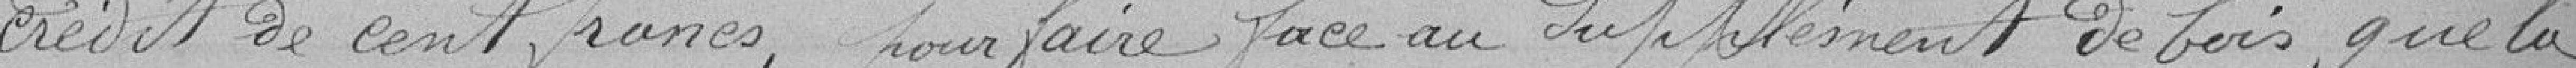
crédit de 100 francs pour faire face au supplément de bois que la